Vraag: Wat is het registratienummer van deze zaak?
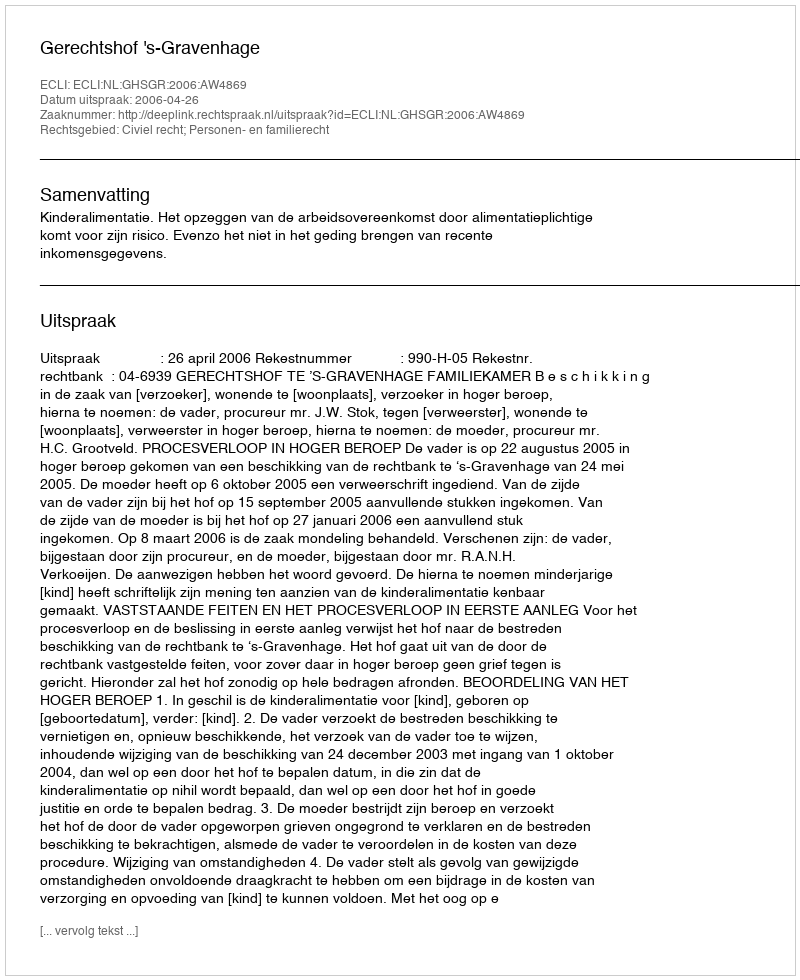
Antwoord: http://deeplink.rechtspraak.nl/uitspraak?id=ECLI:NL:GHSGR:2006:AW4869